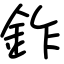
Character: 鈼